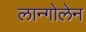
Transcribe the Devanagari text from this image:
लान्गोलेन